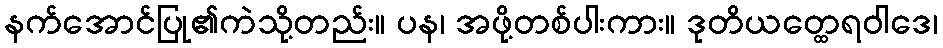
နက်အောင်ပြု၏ကဲသို့တည်း။ ပန၊ အဖို့တစ်ပါးကား။ ဒုတိယတ္ထေရဝါဒေ၊